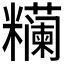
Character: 𰫖